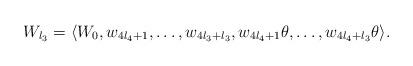
LaTeX: \begin{align*}W_{l_3}=\langle W_0, w_{4l_4+1}, \dots, w_{4l_3+l_3}, w_{4l_4+1} \theta, \dots, w_{4l_4+l_3} \theta \rangle.\end{align*}